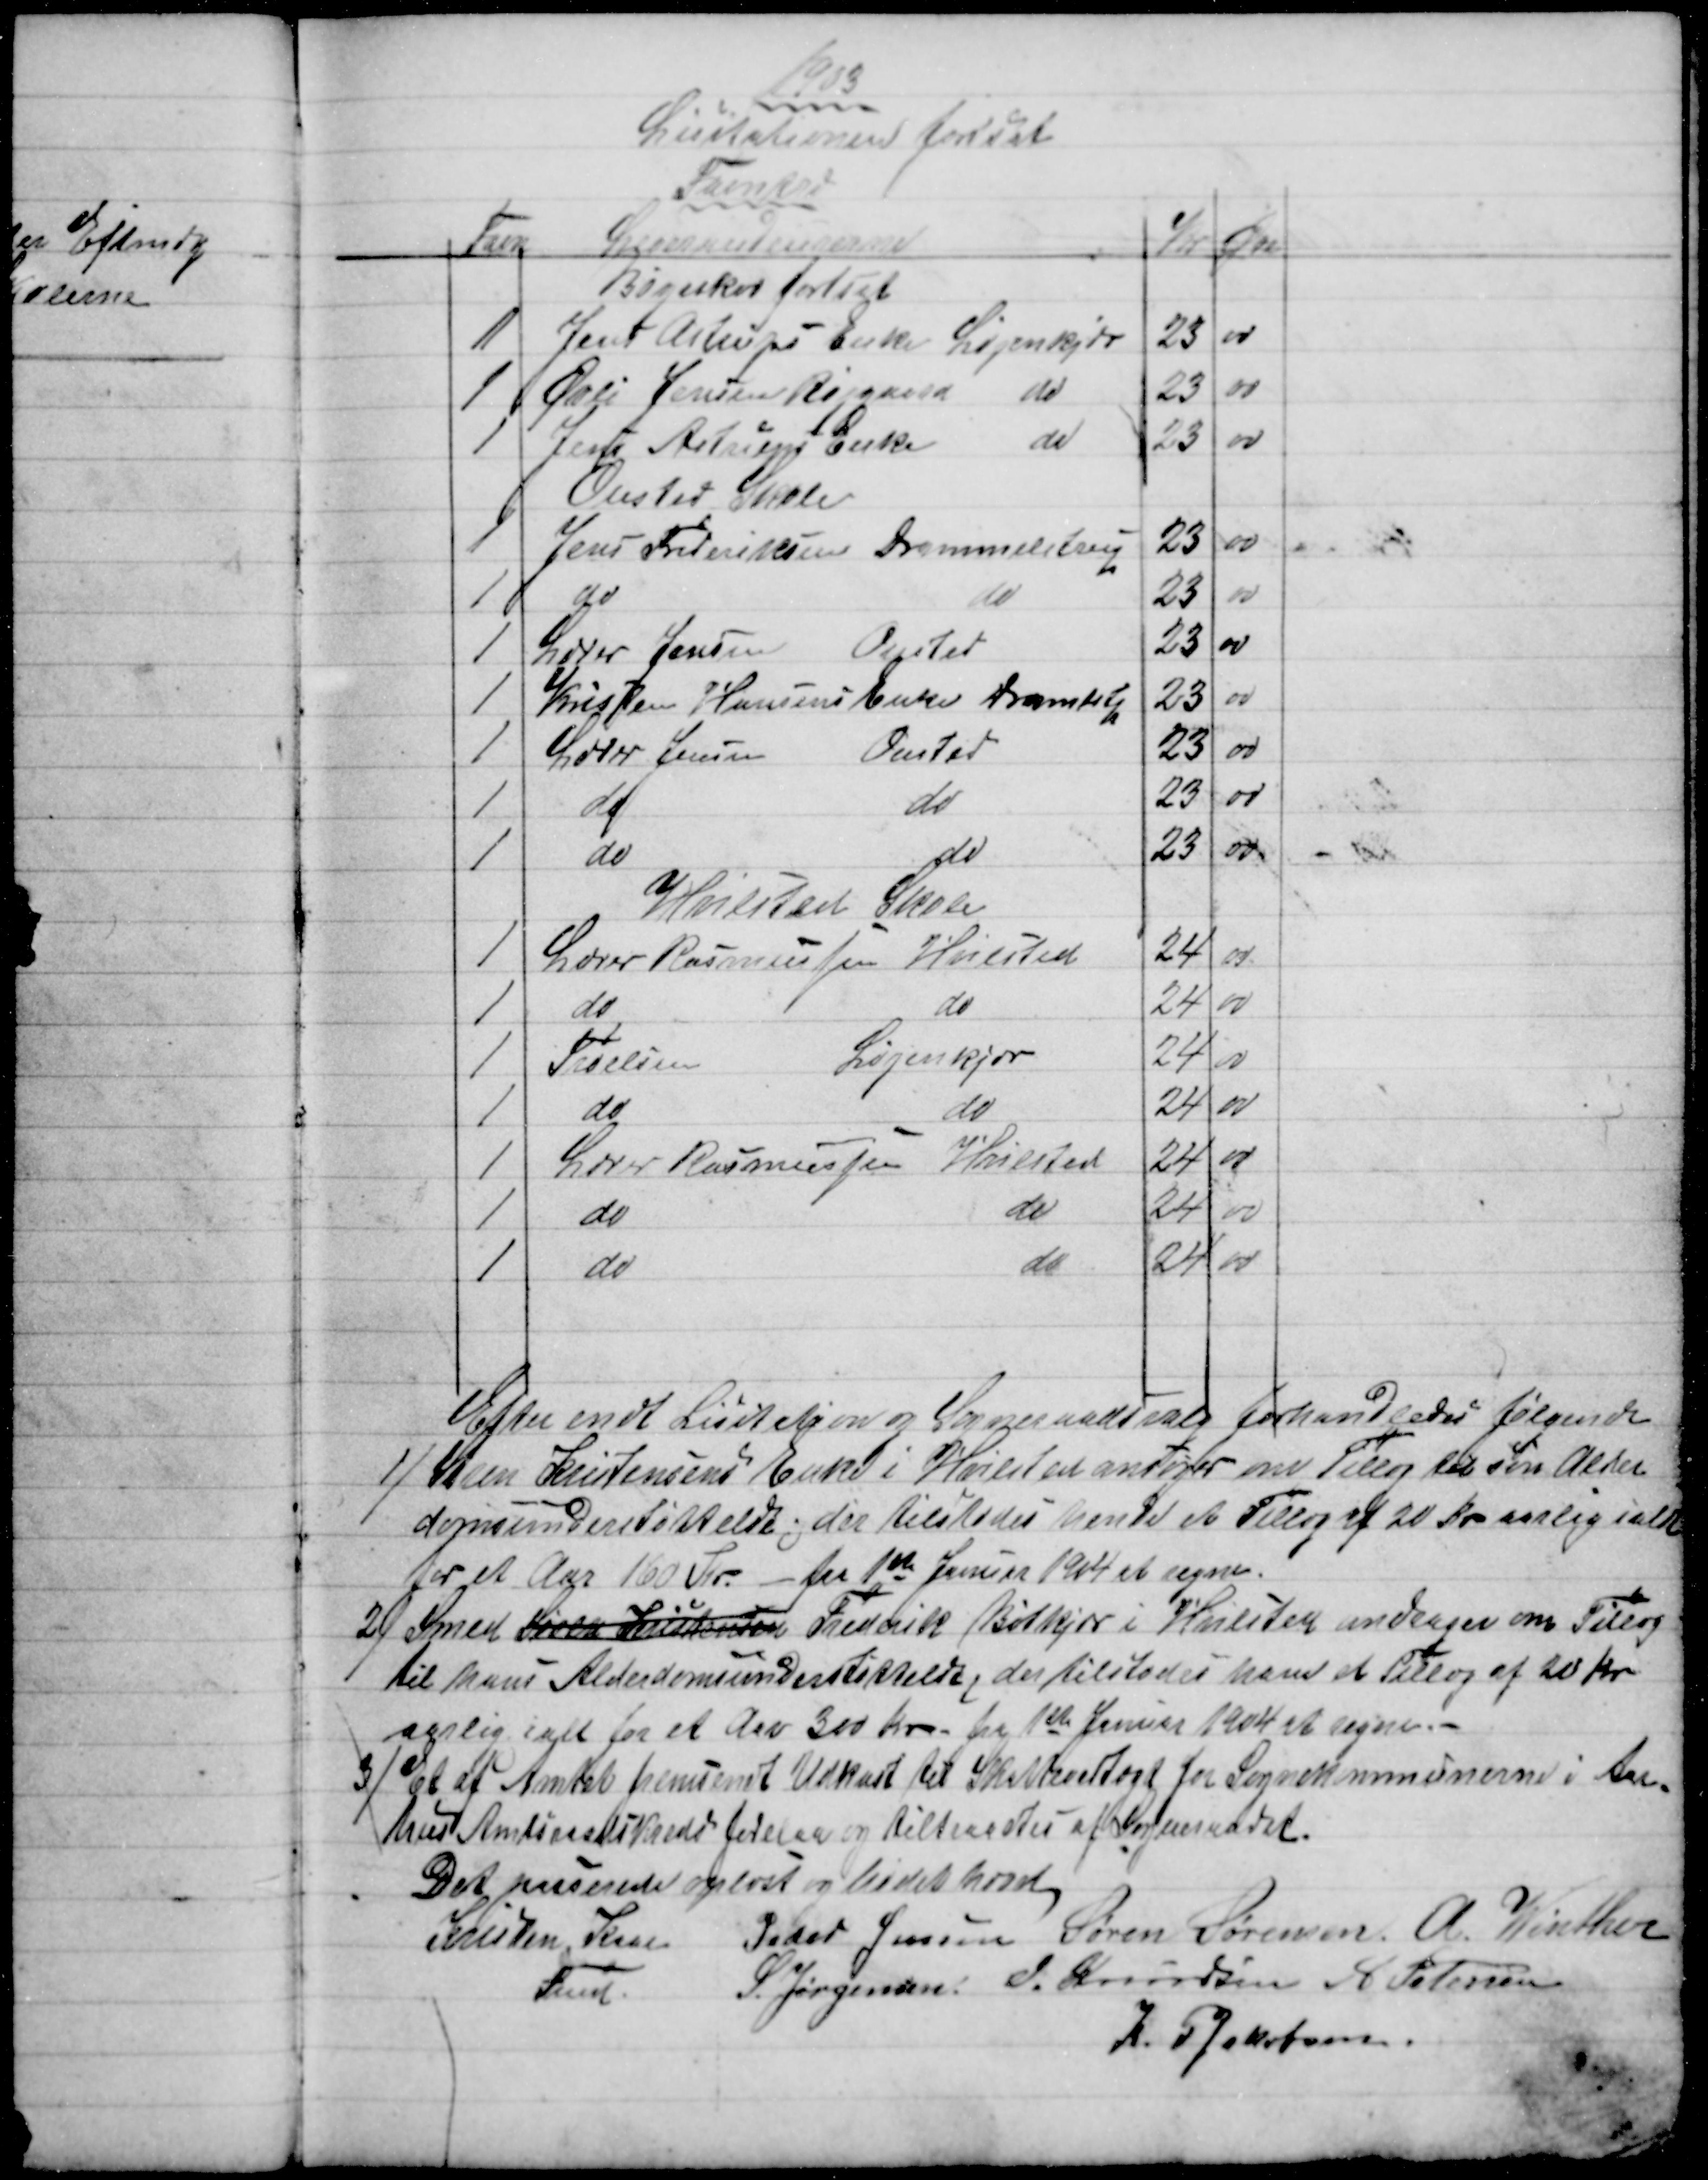
Transskription:
1903
Licitationen forsat
Favntræ
Favn
Leverandeurerne
Kr
Øre
Børeskov færdigt
1 
Jens Astrups Enke Løjenkjær
23
00
1  
Øvli Jensen Røjgaard do
23
00
1
Jens Astrups Enke 
do
23
00
Onsted Skole
1
Jens Frederiksen Drammelstrup
23
00
1
do
do
23
00
1
Lærer Jensen
Onsted
23
00
1
Kristen Hansens Enke Dramlstp
23
00
1
Lærer Jensen
Onsted
23
00
1
do
do
23
00
1
do
do
23
00
Hvilsted Skole
1
Lærer Rasmussen
Hvilsted
24
00
1
do
do
24
00
1
Troelsen
Løjenkjær
24
00
1
do
do
24
00
1
Lærer Rasmussen Hvilsted
24
00
1
do
do
24
00
1
do
do
24
00
Efter endt Licitation og Sogneraadsvalg forhandledes følgende
1)
Søren Kristensens Enke i Hvilsted ansøger om Tillæg til sin Alder
domsunderstøttelse; der tilstodes hende et Tillæg af 20 Kr aarlig i alt
for et Aar 160 Kr. - fra 1ste Januar 1904 at regne.
2) 
Smed Søren Kristensen Frederik Bøtkjær i Hvilsted andrager om Tillæg
til hans Alderdomsunderstøttelse, der tilstodes ham et Tillæg af 20 Kr
aarlig ialt for et Aar 300 Kr - fra 1ste Januar 1904 et regne. 
3)
Et af Amtet fremsendt Udkast til Skattevedtægt for Sognekommunerne i Aar-
hus Amtsraadskreds forelaa og tiltraadtes af Sogneraadet.
Det passerede oplæst og Mødet hævet.
Kristen Kaae 
Fmd.
Peder Jensen Søren Sørensen A. Winther
S. Jørgensen: J. Knudsen A. Petersen
K. P. Jakobsen